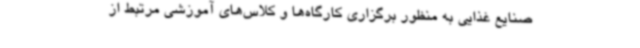
صنایع غذایی به منظور برگزاری کارگاه‌ها و کلاس‌های آموزشی مرتبط از